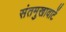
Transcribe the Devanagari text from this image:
संतमुखावाटें